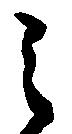
之